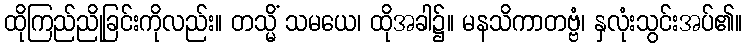
ထိုကြည်ညိုခြင်းကိုလည်း။ တသ္မိံ သမယေ၊ ထိုအခါ၌။ မနသိကာတဗ္ဗံ၊ နှလုံးသွင်းအပ်၏။